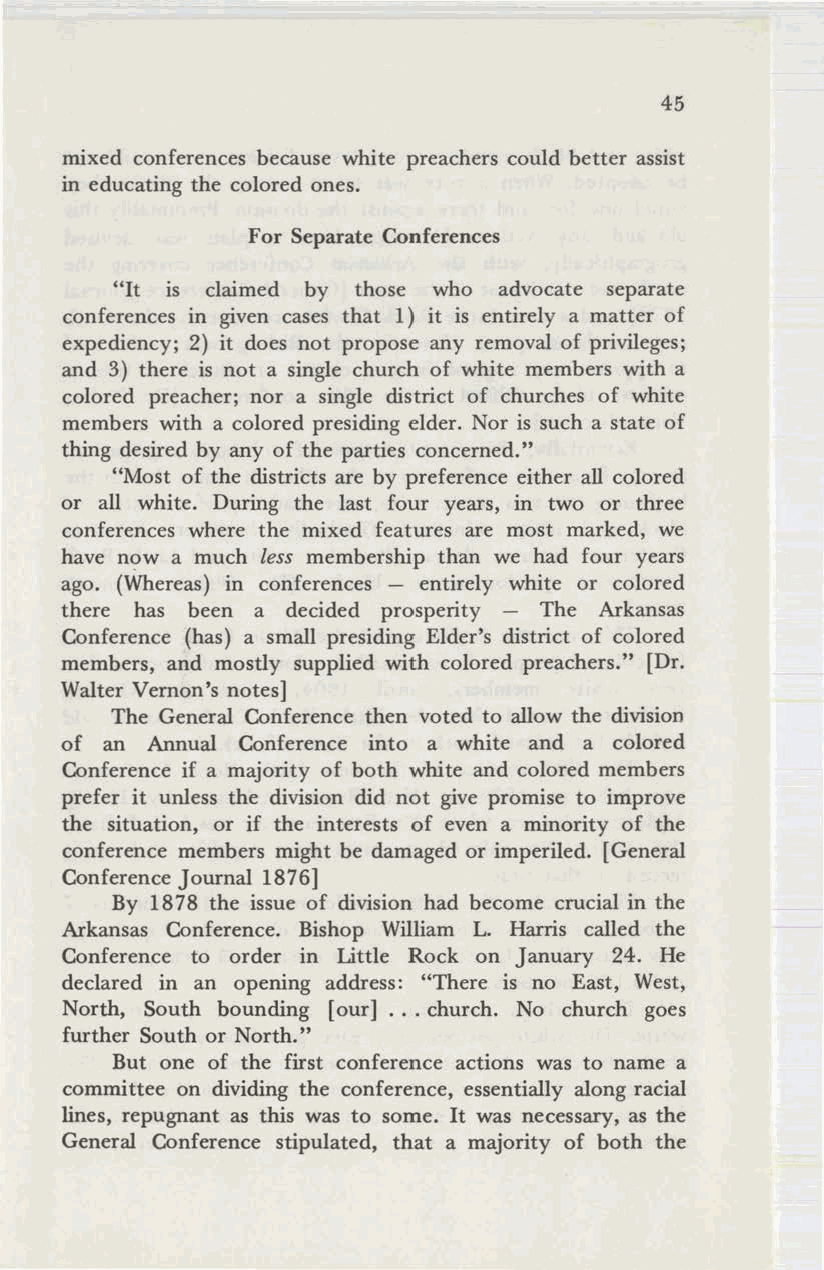
45
 mixed conferences because white preachers could better assist
 in educating the colored ones.
 For Separate Conferences
 "It is claimed by those who advocate separate
 conferences in given cases that 1) it is entirely a matter of
 expediency; 2) it does not propose any removal of privileges;
 and 3) there is not a single church of white members with a
 colored preacher; nor a single district of churches of white
 members with a colored presiding elder. Nor is such a state of
 thing desired by any of the parties concerned."
 "Most of the districts are by preference either all colored
 or all white. During the last four years, in two or three
 conferences where the mixed features are most marked, we
 have n<?w a much less membership than we had four years
 ago. (Whereas) in conferences - entirely white or colored
 there has been a decided prosperity - The Arkansas
 Conference (has) a small presiding Elder's district of colored
 members, and mostly supplied with colored preachers." [Dr.
 Walter Vernon's notes]
 The General Conference then voted to allow the division
 of an Annual Conference into a white and a colored
 Conference if a majority of both white and colored members
 prefer it unless the division did not give promise to improve
 the situation, or if the interests of even a minority of the
 conference members might be damaged or imperiled. [General
 Conference Journal 1876]
 By 1878 the issue of division had become crucial in the
 Arkansas Conference. Bishop William L. Harris called the
 Conference to order in Little Rock on January 24. He
 declared in an opening address: "There is no East, West,
 North, South bounding [our] ... church. No church goes
 further South or North."
 But one of the first conference actions was to name a
 committee on dividing the conference, essentially along racial
 lines, repugnant as this was to some. It was necessary, as the
 General Conference stipulated, that a majority of both the